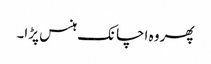
پھر وہ اچانک ہنس پڑا۔